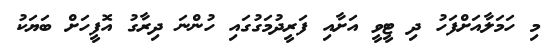
މި ހަމަލާއަށްފަހު ދި ޓީވީ އަށާއި ފަރީދުމަގުގައި ހުންނަ ދިރާގު އޮފީހަށް ބަޔަކު